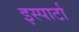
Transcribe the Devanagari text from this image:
इस्पार्टा